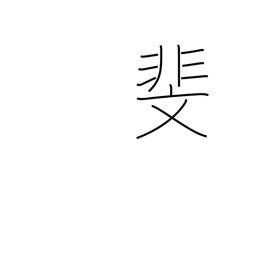
Meaning: patterned